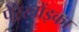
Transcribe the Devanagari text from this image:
पेरेस्त्रोंइका